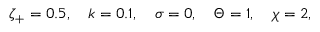
\zeta _ { + } = 0 . 5 , \quad k = 0 . 1 , \quad \sigma = 0 , \quad \Theta = 1 , \quad \chi = 2 ,